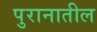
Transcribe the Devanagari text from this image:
पुरानातील